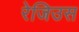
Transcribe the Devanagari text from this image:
रेजिउस